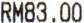
RM83.00